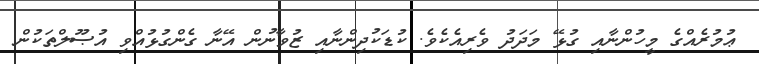
ޢުމުރެއްގެ މީހުންނާއި ގުޅޭ މަދަދު ވެރިއެކެވެ. ކުޑަކުދިންނާއި ޒުވާނުން އޭނާ ގެންގުޅުއްވި އުޞޫލްތަކުން